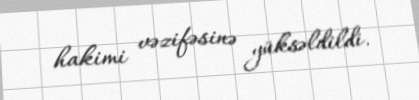
hakimi vəzifəsinə yüksəldildi.